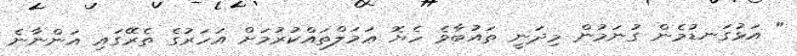
" އަޅުގަނޑުމެން ގުނަމުން މިދަނީ ތައުބާވެ ހެޔޮ ޢަމަލްތައްކުރުމަށް އަހަރުގެ ތެރޭގައި އަންނާނެ